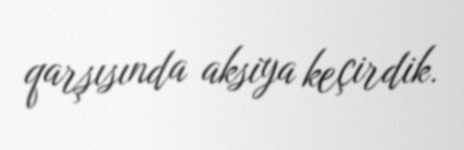
qarşısında aksiya keçirdik.